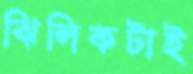
ঝিলিকটাই